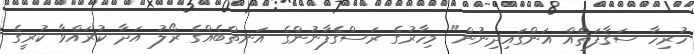
ހުރިހާ ސަޤާފަތެއް އަންގައިދިނުން" މިހާރުގެ ރަސްގެފާނުންގެ އަނތްބެއްގެ ރޯލު އަދާ ކުރައްވާ ކުރީގެ